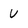
Character: U